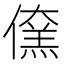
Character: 𠏖